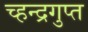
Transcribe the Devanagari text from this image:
च्हन्द्रगुप्त